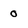
Character: 0